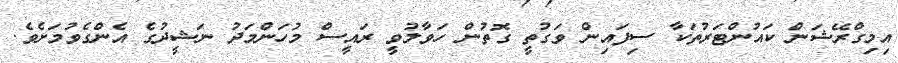
އިމިގްރޭޝަން ކައުންޓަރުތަކާ ސިފައިން ވަގުތީ ގޮތުން ހަވާލުވީ ރައީސް މުހަންމަދު ނަޝީދުގެ އެންގެވުމަށެވެ.